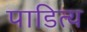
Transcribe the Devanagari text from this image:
पाडित्य